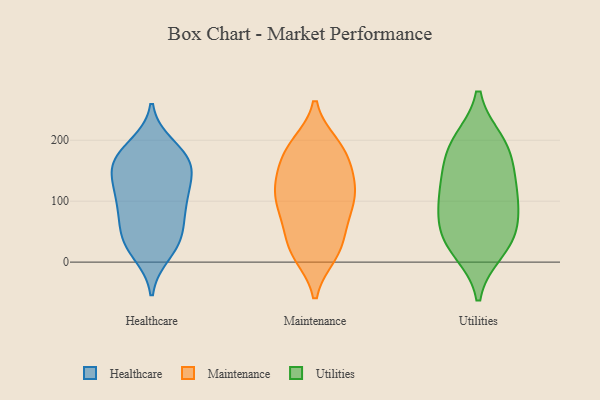
{"axis": {"x": "Page Views", "y": "Value"}, "legend": ["Healthcare", "Maintenance", "Utilities"], "data": [{"x": "", "y": 57, "type": "Healthcare"}, {"x": "", "y": 172, "type": "Healthcare"}, {"x": "", "y": 136, "type": "Healthcare"}, {"x": "", "y": 171, "type": "Healthcare"}, {"x": "", "y": 39, "type": "Healthcare"}, {"x": "", "y": 104, "type": "Healthcare"}, {"x": "", "y": 31, "type": "Healthcare"}, {"x": "", "y": 15, "type": "Healthcare"}, {"x": "", "y": 132, "type": "Healthcare"}, {"x": "", "y": 149, "type": "Healthcare"}, {"x": "", "y": 89, "type": "Healthcare"}, {"x": "", "y": 161, "type": "Healthcare"}, {"x": "", "y": 33, "type": "Healthcare"}, {"x": "", "y": 190, "type": "Healthcare"}, {"x": "", "y": 172, "type": "Healthcare"}, {"x": "", "y": 84, "type": "Healthcare"}, {"x": "", "y": 103, "type": "Healthcare"}, {"x": "", "y": 13, "type": "Maintenance"}, {"x": "", "y": 55, "type": "Maintenance"}, {"x": "", "y": 111, "type": "Maintenance"}, {"x": "", "y": 185, "type": "Maintenance"}, {"x": "", "y": 17, "type": "Maintenance"}, {"x": "", "y": 158, "type": "Maintenance"}, {"x": "", "y": 188, "type": "Maintenance"}, {"x": "", "y": 27, "type": "Maintenance"}, {"x": "", "y": 16, "type": "Maintenance"}, {"x": "", "y": 74, "type": "Maintenance"}, {"x": "", "y": 192, "type": "Maintenance"}, {"x": "", "y": 136, "type": "Maintenance"}, {"x": "", "y": 111, "type": "Maintenance"}, {"x": "", "y": 97, "type": "Maintenance"}, {"x": "", "y": 119, "type": "Maintenance"}, {"x": "", "y": 183, "type": "Maintenance"}, {"x": "", "y": 72, "type": "Maintenance"}, {"x": "", "y": 149, "type": "Maintenance"}, {"x": "", "y": 109, "type": "Maintenance"}, {"x": "", "y": 96, "type": "Utilities"}, {"x": "", "y": 21, "type": "Utilities"}, {"x": "", "y": 196, "type": "Utilities"}, {"x": "", "y": 112, "type": "Utilities"}, {"x": "", "y": 41, "type": "Utilities"}, {"x": "", "y": 60, "type": "Utilities"}, {"x": "", "y": 177, "type": "Utilities"}, {"x": "", "y": 35, "type": "Utilities"}, {"x": "", "y": 144, "type": "Utilities"}, {"x": "", "y": 109, "type": "Utilities"}, {"x": "", "y": 193, "type": "Utilities"}]}